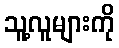
သူ့လူများကို